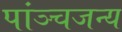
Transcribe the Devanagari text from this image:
पांञ्चजन्य